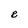
Character: e